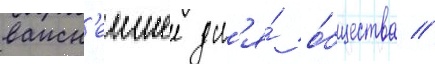
важн'еишее дл'я́ о́бщества /